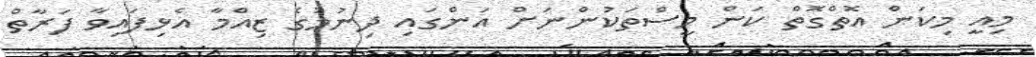
މިއީ މިކަން އޮތްގޮތް ކަން މީސްތަކުންނަށް އަންގައި ދިނުމުގެ ޒިއްމާ އެޅިފައިވާ ފަރާތް